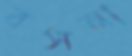
বসনা